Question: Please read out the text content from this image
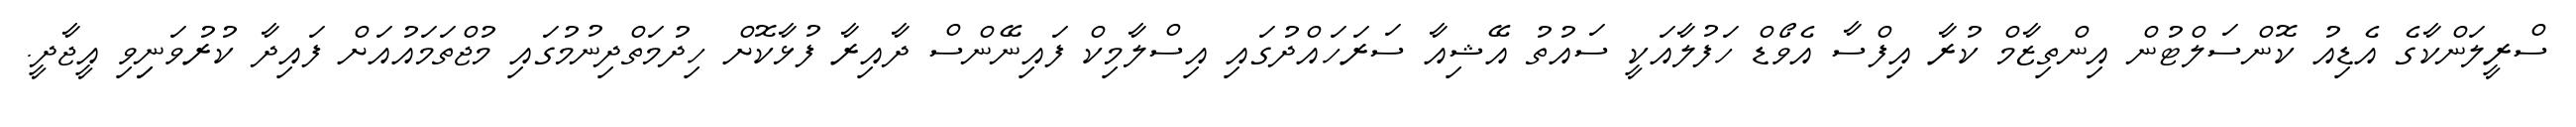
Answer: ސްރީލަންކާގެ އެޑިއު ކޮންސަލްޓުން އިންތިޒާމް ކުރާ އިފްސާ އެވޯޑް ހަފުލާއަކީ ސައުތު އޭޝިއާ ސަރަހައްދުގައި އިސްލާމިކް ފައިނޭންސް ދާއިރާ ފުޅާކޮށް ހިދުމަތްދިނުމުގައި މުޖްތަމައުއަށް ފައިދާ ކުރުވަނިިވި އީޖާދީ.